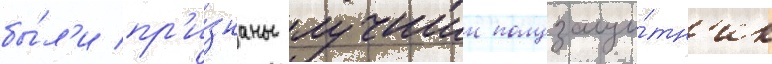
бы́л'и пр'и́знаны лучшии полузащи́тн'ик